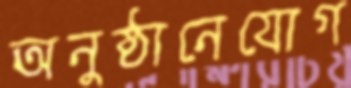
অনুষ্ঠানেযোগ